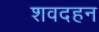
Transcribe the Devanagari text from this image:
शवदहन